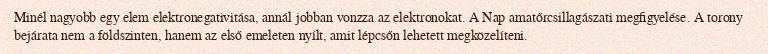
Minél nagyobb egy elem elektronegativitása, annál jobban vonzza az elektronokat. A Nap amatőrcsillagászati megfigyelése. A torony bejárata nem a földszinten, hanem az első emeleten nyílt, amit lépcsőn lehetett megközelíteni.